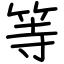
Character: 等